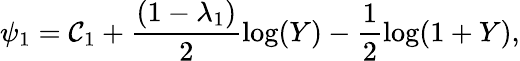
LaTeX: \psi_{1}=\mathcal{C}_{1}+\frac{{(1-\lambda_{1})}}{{2}}\log(Y)-\frac{{1}}{{2}}\log(1+Y),